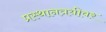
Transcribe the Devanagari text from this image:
प्रस्थानत्रयीवर